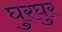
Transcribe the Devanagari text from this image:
घुरघुर